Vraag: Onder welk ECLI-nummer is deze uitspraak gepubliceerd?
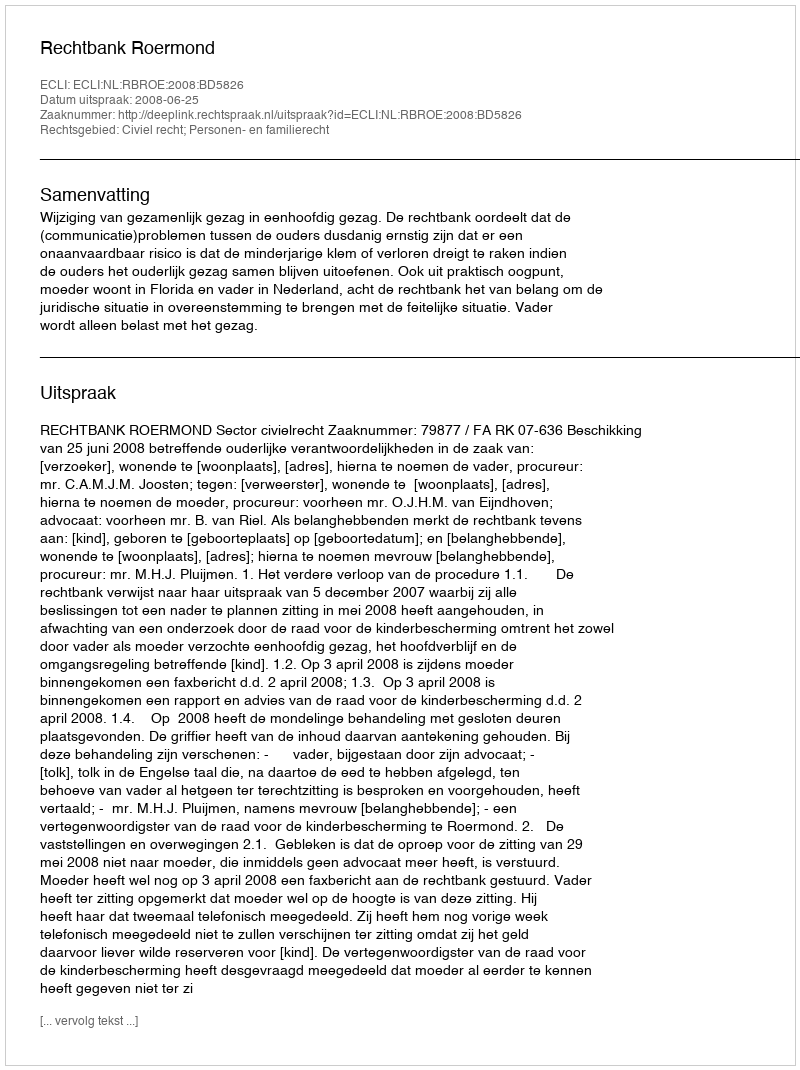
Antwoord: ECLI:NL:RBROE:2008:BD5826